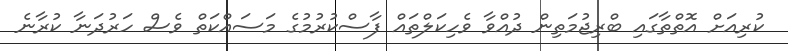
ކުރިއަށް އޮތްތާގައި ބްރިޖުމަތިން ދުއްވާ ވެހިކަލްތައް ފާސްކުރުމުގެ މަސައްކަތް ވެސް ހަރުދަނާ ކުރާނެ